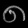
Digit: ၈